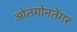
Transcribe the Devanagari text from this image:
ओतगोनतेंगर